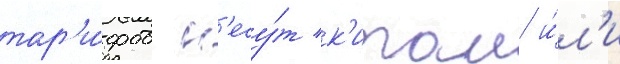
тар'и́фов н'есу́т к'итаи и́л'и